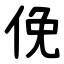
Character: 俛